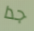
جدا